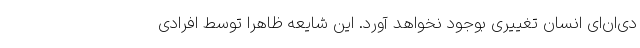
دی‌ان‌ای انسان تغییری بوجود نخواهد آورد. این شایعه ظاهرا توسط افرادی